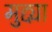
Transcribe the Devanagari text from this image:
मुद्द्या